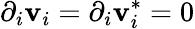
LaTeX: \partial_{i}\mathbf{v}_{i}=\partial_{i}\mathbf{v}_{i}^{*}=0